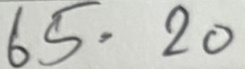
65 = 20